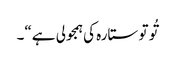
تُو تو ستارہ کی ہمجولی ہے“۔